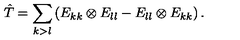
\hat { T } = \sum _ { k > l } \left( E _ { k k } \otimes E _ { l l } - E _ { l l } \otimes E _ { k k } \right) .